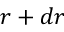
r + d r